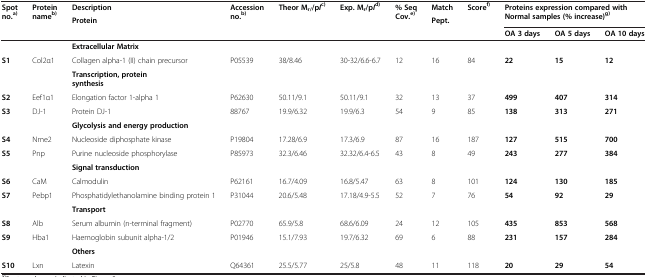
<table><thead><tr><td rowspan="2"><b>Spotno.<sup>a)</sup></b></td><td rowspan="2"><b>Proteinname<sup>b)</sup></b></td><td><b>Description</b></td><td rowspan="2"><b>Accessionno.<sup>b)</sup></b></td><td><b>Theor M<sub>r/</sub>/p<i>I</i><sup>c)</sup></b></td><td><b>Exp. M<sub>r</sub>/p<i>I</i><sup>d)</sup></b></td><td rowspan="2"><b>% SeqCov.<sup>e)</sup></b></td><td><b>Match</b></td><td><b>Score<sup>f)</sup></b></td><td rowspan="2" colspan="3"><b>Proteins expression compared with Normal samples (% increase)<sup>g)</sup></b></td></tr><tr><td><b>Protein</b></td><td></td><td></td><td><b>Pept.</b></td><td></td></tr><tr><td></td><td></td><td></td><td></td><td></td><td></td><td></td><td></td><td></td><td><b>OA 3 days</b></td><td><b>OA 5 days</b></td><td><b>OA 10 days</b></td></tr></thead><tbody><tr><td></td><td></td><td><b>Extracellular Matrix</b></td><td></td><td></td><td></td><td></td><td></td><td></td><td></td><td></td><td></td></tr><tr><td><b>S1</b></td><td>Col2α1</td><td>Collagen alpha-1 (II) chain precursor</td><td>P05539</td><td>38/8.46</td><td>30-32/6.6-6.7</td><td>12</td><td>16</td><td>84</td><td><b>22</b></td><td><b>15</b></td><td><b>12</b></td></tr><tr><td></td><td></td><td><b>Transcription, protein synthesis</b></td><td></td><td></td><td></td><td></td><td></td><td></td><td></td><td></td><td></td></tr><tr><td><b>S2</b></td><td>Eef1α1</td><td>Elongation factor 1-alpha 1</td><td>P62630</td><td>50.11/9.1</td><td>50.11/9.1</td><td>32</td><td>13</td><td>37</td><td><b>499</b></td><td><b>407</b></td><td><b>314</b></td></tr><tr><td><b>S3</b></td><td>DJ-1</td><td>Protein DJ-1</td><td>88767</td><td>19.9/6.32</td><td>19.9/6.3</td><td>54</td><td>9</td><td>85</td><td><b>138</b></td><td><b>313</b></td><td><b>271</b></td></tr><tr><td></td><td></td><td><b>Glycolysis and energy production</b></td><td></td><td></td><td></td><td></td><td></td><td></td><td></td><td></td><td></td></tr><tr><td><b>S4</b></td><td>Nme2</td><td>Nucleoside diphosphate kinase</td><td>P19804</td><td>17.28/6.9</td><td>17.3/6.9</td><td>87</td><td>16</td><td>187</td><td><b>127</b></td><td><b>515</b></td><td><b>700</b></td></tr><tr><td><b>S5</b></td><td>Pnp</td><td>Purine nucleoside phosphorylase</td><td>P85973</td><td>32.3/6.46</td><td>32.32/6.4-6.5</td><td>43</td><td>8</td><td>49</td><td><b>243</b></td><td><b>277</b></td><td><b>384</b></td></tr><tr><td></td><td></td><td><b>Signal transduction</b></td><td></td><td></td><td></td><td></td><td></td><td></td><td></td><td></td><td></td></tr><tr><td><b>S6</b></td><td>CaM</td><td>Calmodulin</td><td>P62161</td><td>16.7/4.09</td><td>16.8/5.47</td><td>63</td><td>8</td><td>101</td><td><b>124</b></td><td><b>130</b></td><td><b>185</b></td></tr><tr><td><b>S7</b></td><td>Pebp1</td><td>Phosphatidylethanolamine binding protein 1</td><td>P31044</td><td>20.6/5.48</td><td>17.18/4.9-5.5</td><td>52</td><td>7</td><td>76</td><td><b>54</b></td><td><b>92</b></td><td><b>29</b></td></tr><tr><td></td><td></td><td><b>Transport</b></td><td></td><td></td><td></td><td></td><td></td><td></td><td></td><td></td><td></td></tr><tr><td><b>S8</b></td><td>Alb</td><td>Serum albumin (n-terminal fragment)</td><td>P02770</td><td>65.9/5.8</td><td>68.6/6.09</td><td>24</td><td>12</td><td>105</td><td><b>435</b></td><td><b>853</b></td><td><b>568</b></td></tr><tr><td><b>S9</b></td><td>Hba1</td><td>Haemoglobin subunit alpha-1/2</td><td>P01946</td><td>15.1/7.93</td><td>19.7/6.32</td><td>69</td><td>6</td><td>88</td><td><b>231</b></td><td><b>157</b></td><td><b>284</b></td></tr><tr><td></td><td></td><td><b>Others</b></td><td></td><td></td><td></td><td></td><td></td><td></td><td></td><td></td><td></td></tr><tr><td><b>S10</b></td><td>Lxn</td><td>Latexin</td><td>Q64361</td><td>25.5/5.77</td><td>25/5.8</td><td>48</td><td>11</td><td>118</td><td><b>20</b></td><td><b>29</b></td><td><b>54</b></td></tr></tbody></table>